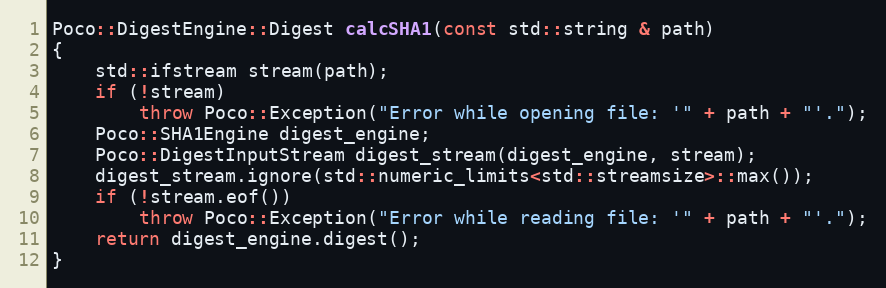
Language: C++
Poco::DigestEngine::Digest calcSHA1(const std::string & path)
{
    std::ifstream stream(path);
    if (!stream)
        throw Poco::Exception("Error while opening file: '" + path + "'.");
    Poco::SHA1Engine digest_engine;
    Poco::DigestInputStream digest_stream(digest_engine, stream);
    digest_stream.ignore(std::numeric_limits<std::streamsize>::max());
    if (!stream.eof())
        throw Poco::Exception("Error while reading file: '" + path + "'.");
    return digest_engine.digest();
}